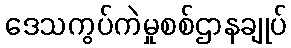
ဒေသကွပ်ကဲမှုစစ်ဌာနချုပ်